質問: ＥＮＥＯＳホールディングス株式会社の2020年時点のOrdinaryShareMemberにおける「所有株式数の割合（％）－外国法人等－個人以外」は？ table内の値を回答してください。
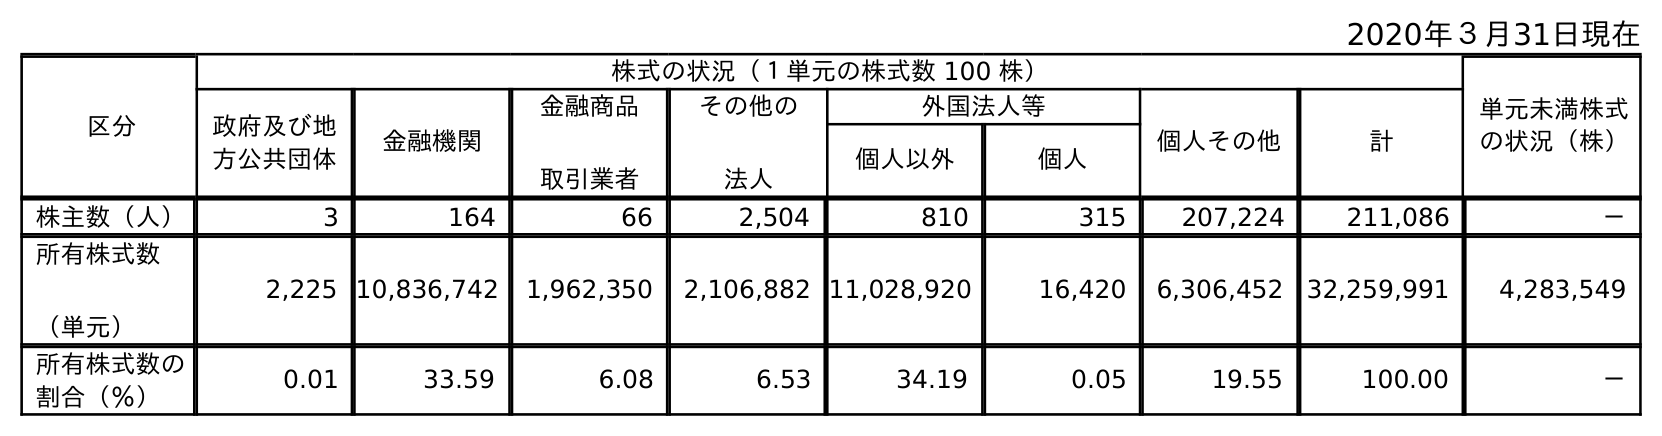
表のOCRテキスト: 2020年３月31日現在 区分 株式の状況（１単元の株式数 100 株） 単元未満株式 の状況（株） 政府及び地 方公共団体 金融機関 金融商品 取引業者 その他の 法人 外国法人等 個人その他 計 個人以外 個人 株主数（人） 3 164 66 2,504 810 315 207,224 211,086 － 所有株式数 （単元） 2,225 10,836,742 1,962,350 2,106,882 11,028,920 16,420 6,306,452 32,259,991 4,283,549 所有株式数の 割合（％） 0.01 33.59 6.08 6.53 34.19 0.05 19.55 100.00 －
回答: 34.19